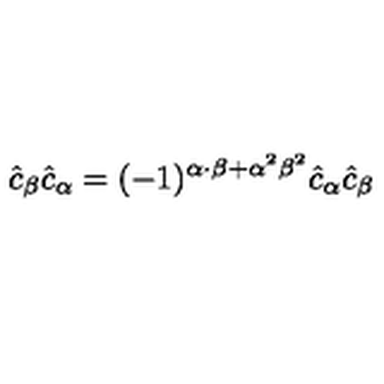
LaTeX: \hat { c } _ { \beta } \hat { c } _ { \alpha } = ( - 1 ) ^ { \alpha \cdot \beta + { \alpha } ^ { 2 } { \beta } ^ { 2 } } \hat { c } _ { \alpha } \hat { c } _ { \beta }